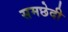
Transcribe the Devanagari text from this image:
समछेदी